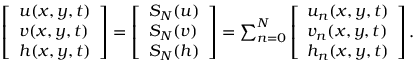
\begin{array} { r } { \left[ \begin{array} { l } { u ( x , y , t ) } \\ { v ( x , y , t ) } \\ { h ( x , y , t ) } \end{array} \right] = \left[ \begin{array} { l } { S _ { N } ( u ) } \\ { S _ { N } ( v ) } \\ { S _ { N } ( h ) } \end{array} \right] = \sum _ { n = 0 } ^ { N } \left[ \begin{array} { l } { u _ { n } ( x , y , t ) } \\ { v _ { n } ( x , y , t ) } \\ { h _ { n } ( x , y , t ) } \end{array} \right] . } \end{array}